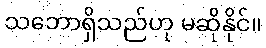
သဘောရှိသည်ဟု မဆိုနိုင်။